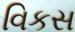
વિકસ